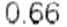
0.66